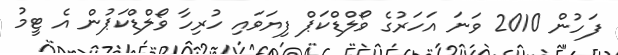
ފަހުން 2010 ވަނަ އަހަރުގެ ވޯލްޑްކަޕް ފިޔަވައި ހުރިހާ ވޯލްޑްކަޕުން އެ ޓީމު